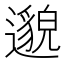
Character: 邈